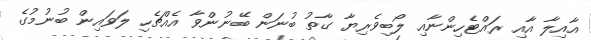
އާއިލާ އާއި ރައްޓެހިންނާއި ލޯބިވެރިޔާ ގާތު ބުނަން ބޭނުންވާ އެއްޗެހި ލަވައިން ބުނުމުގެ